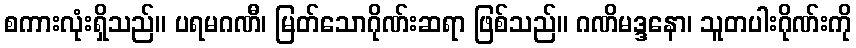
စကားလုံးရှိသည်။ ပရမဂဏီ၊ မြတ်သောဂိုဏ်းဆရာ ဖြစ်သည်။ ဂဏိမဒ္ဒနော၊ သူတပါးဂိုဏ်းကို